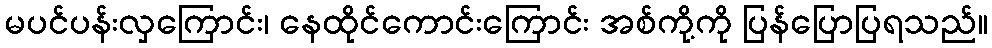
မပင်ပန်းလှကြောင်း၊ နေထိုင်ကောင်းကြောင်း အစ်ကို့ကို ပြန်ပြောပြရသည်။